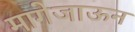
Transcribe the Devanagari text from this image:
मागेजाऊन